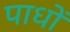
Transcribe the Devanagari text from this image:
पाधों